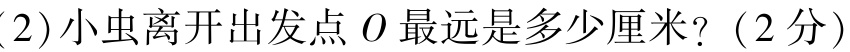
(2)小虫离开出发点 \(O\) 最远是多少厘米？（2 分）